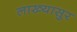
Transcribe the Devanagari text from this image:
लाख्यासुर